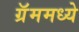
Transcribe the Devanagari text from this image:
ग्रॅममध्ये